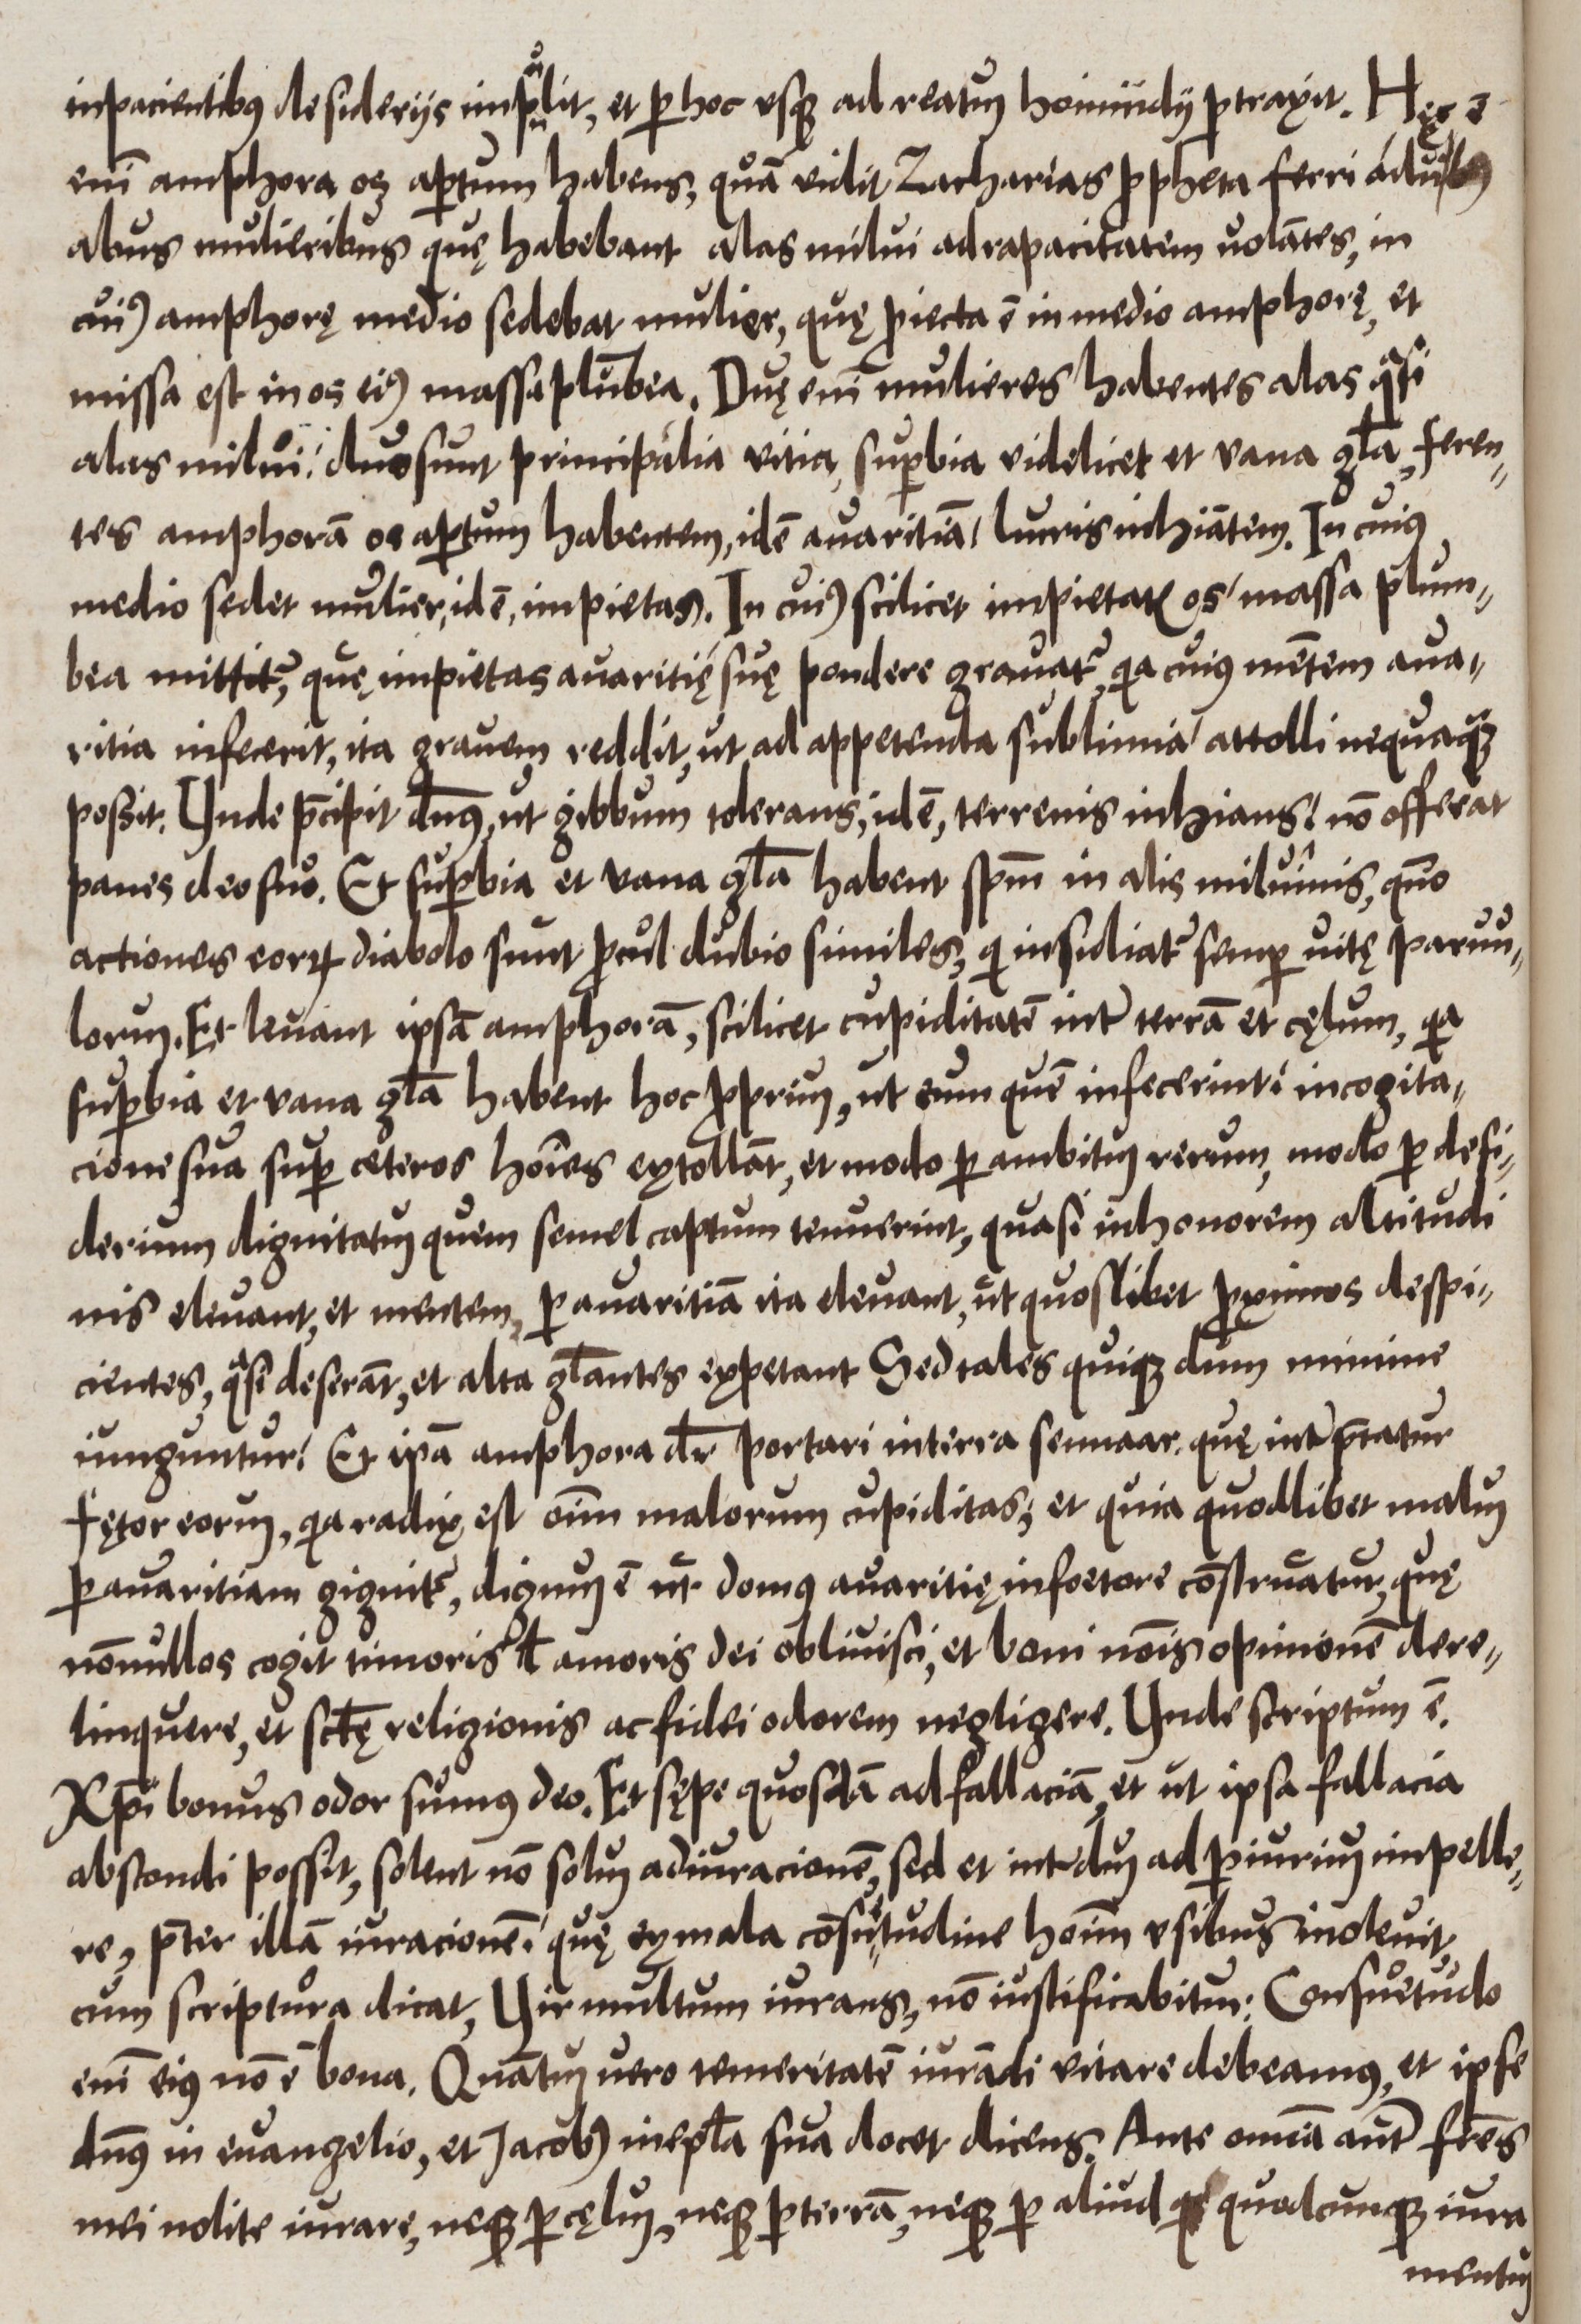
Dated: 1550–1599